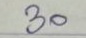
30